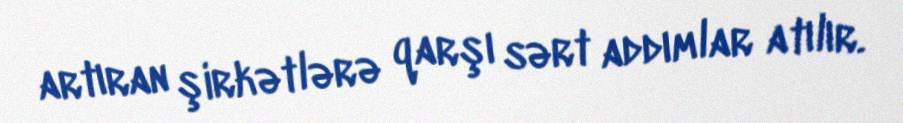
artıran şirkətlərə qarşı sərt addımlar atılır.